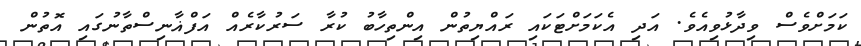
ކަމަށްވެސް ވިދާޅުވިއެެވެ. އަދި އެެކަމަށްޓަކައި ރައްޔިތުން އިންތިހާބު ކުރާ ސަރުކާރެއް އަފްޣާނިސްތާނުގައި އޮތުން